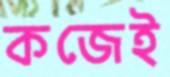
কজেই